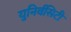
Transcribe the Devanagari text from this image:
युनिर्वसिटी